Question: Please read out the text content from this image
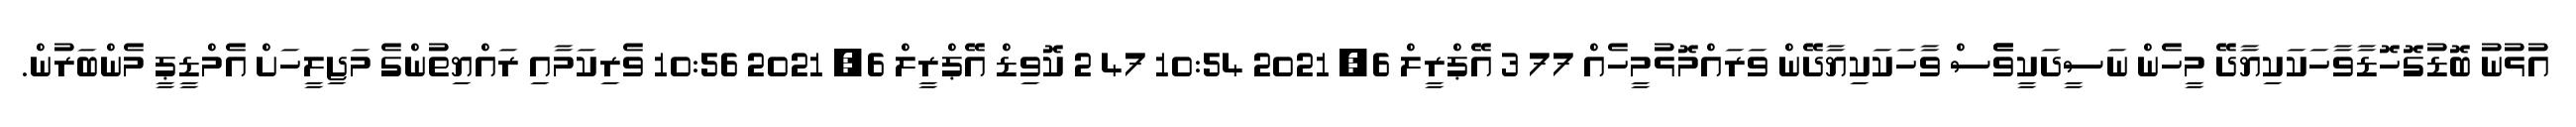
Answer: އުޅުނު ބޮޑުގޮހޮޑާވާހަކަކިޔާދޭ މީހެން ނަސީދަކީވެެސް ވާހަކަކިޔާދޭން ވަރައްމޮޅުމީހެއް 77 3 އޭޕްރީލް 6, 2021 10:54 47 2 ކޮވިޑް އޭޕްރީލް 6, 2021 10:56 ވެރިކަމާއި ރައްޔިތުންގެ މަޖިލީހަށް އެމްޑީޕީ މެންބަރުން.